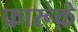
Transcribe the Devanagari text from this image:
फ़ारूक़े